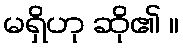
မရှိဟု ဆို၏ ။